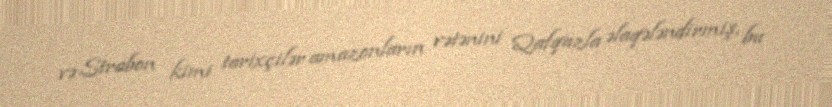
və Strabon kimi tarixçilər amazonların vətənini Qafqazla əlaqələndirmiş, bu